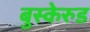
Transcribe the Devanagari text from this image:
बुस्केरुड